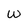
Character: w